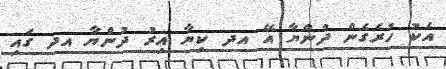
އެކު ހުރެގެން ދުންޔާ އޭ އދ ކިޔާ އިރު ދުންޔާ އދ ގައި